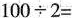
$$100\div2=$$